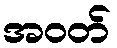
အဝတ်